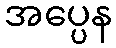
အပ္ပေန